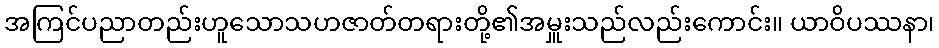
အကြင်ပညာတည်းဟူသောသဟဇာတ်တရားတို့၏အမှူးသည်လည်းကောင်း။ ယာဝိပဿနာ၊